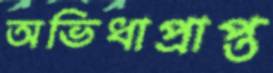
অভিধাপ্রাপ্ত